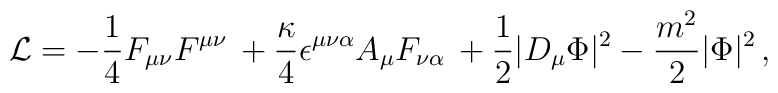
{\cal L} =  -{1 \over 4} F_{\mu \nu} F^{\mu \nu} \, +   {\kappa \over 4} \epsilon^{\mu \nu \alpha} A_\mu F_{\nu \alpha} \,   + {1 \over 2} |D_\mu \Phi|^2 -  \frac{m^2}{2} |\Phi |^2  \,  ,